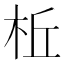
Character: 𪲀